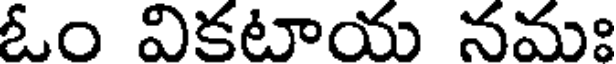
ఓం వికటాయ నమః